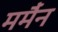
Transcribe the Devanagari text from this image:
मर्मैन